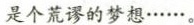
是个荒谬的梦想……。